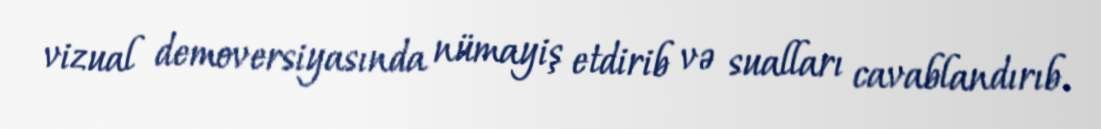
vizual demoversiyasında nümayiş etdirib və sualları cavablandırıb.